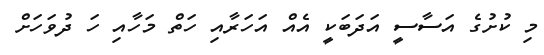
މި ކުށުގެ އަސާސީ އަދަބަކީ އެއް އަހަރާއި ހަތް މަހާއި ހަ ދުވަހަށް